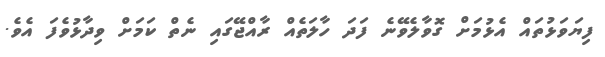
ފިޔަވަޅުތައް އެޅުމަށް ގޮވާލެވޭނެ ފަދަ ހާލަތެއް ރާއްޖޭގައި ނެތް ކަމަށް ވިދާޅުވެފަ އެވެ.